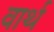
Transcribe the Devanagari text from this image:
वार्थ